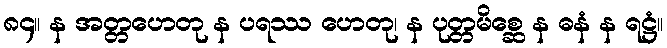
၈၄။ န အတ္တဟေတု န ပရဿ ဟေတု၊ န ပုတ္တမိစ္ဆေ န ဓနံ န ရဋ္ဌံ။